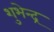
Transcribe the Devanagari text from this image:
शुभेन्द्र